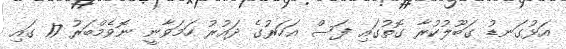
އަޅުގަނޑު ގަބޫލުކުރާ ގޮތުގައި ފަސް އަހަރުގެ ދައުރު ހަމަވާނީ ނޮވެމްބަރު 17 ގައި